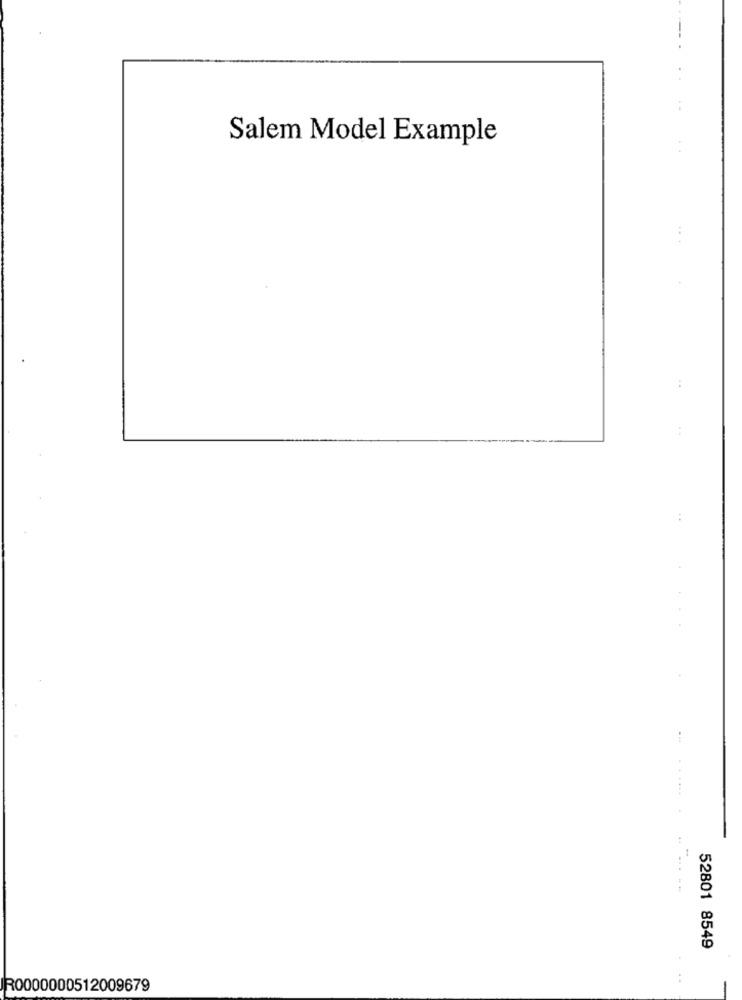
Salem Model Example
....
52801 8549
IR0000000512009679